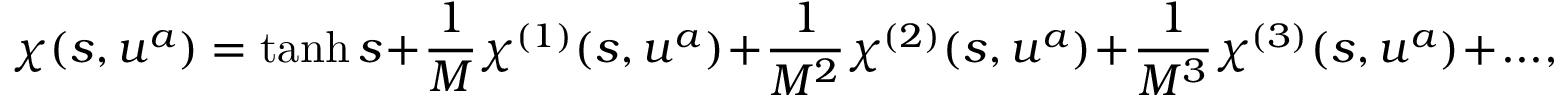
\chi ( s , u ^ { a } ) = \operatorname { t a n h } s + \frac { 1 } { M } \chi ^ { ( 1 ) } ( s , u ^ { a } ) + \frac { 1 } { M ^ { 2 } } \chi ^ { ( 2 ) } ( s , u ^ { a } ) + \frac { 1 } { M ^ { 3 } } \chi ^ { ( 3 ) } ( s , u ^ { a } ) + . . . ,